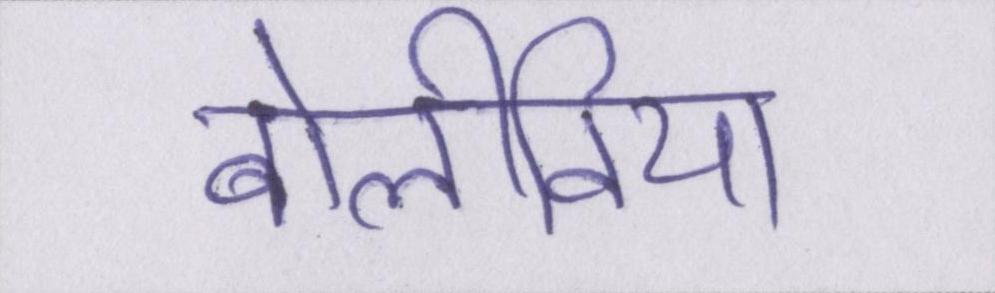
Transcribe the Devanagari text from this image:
बोलीविया